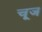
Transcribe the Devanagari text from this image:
चूज